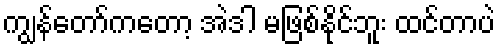
ကျွန်တော်ကတော့ အဲဒါ မဖြစ်နိုင်ဘူး ထင်တာပဲ